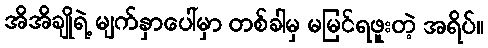
အိအိချိုရဲ့ မျက်နှာပေါ်မှာ တစ်ခါမှ မမြင်ရဖူးတဲ့ အရိပ်။